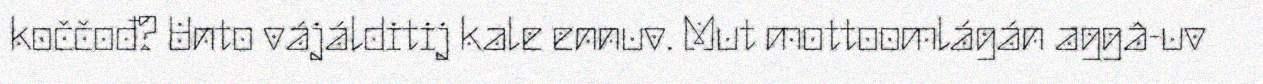
koččođ? Unto vájálditij kale ennuv. Mut mottoomlágán aggâ-uv